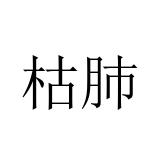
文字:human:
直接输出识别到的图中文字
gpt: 枯肺